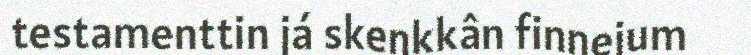
testamenttin já skeŋkkân finnejum